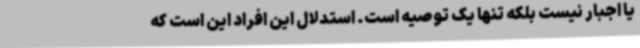
یا اجبار نیست بلکه تنها یک توصیه است. استدلال این افراد این است که